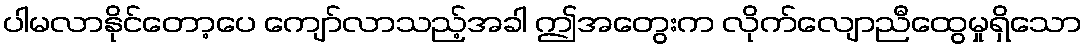
ပါမလာနိုင်တော့ပေ ကျော်လာသည့်အခါ ဤအတွေးက လိုက်လျောညီထွေမှုရှိသော